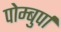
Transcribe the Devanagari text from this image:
पोम्बुर्पा